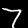
Label: 7